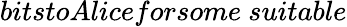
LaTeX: bitstoAliceforsome\ suitable